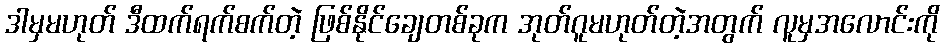
ဒါမှမဟုတ် ဒီထက်ရက်စက်တဲ့ ဖြစ်နိုင်ချေတစ်ခုက အုတ်ဂူမဟုတ်တဲ့အတွက် လူမှအလောင်းကို